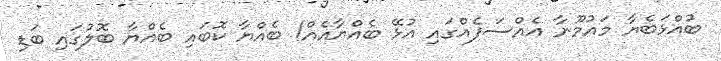
ބުއްޅަބެޔާ މައުމޫނާ އެއްސަފެއްގައި އުޅޭ ބެއްޔާއެއް! ބެއްޔާ ކޮބައި ބެއްޔާ ބޮލުގައި ބަޑި